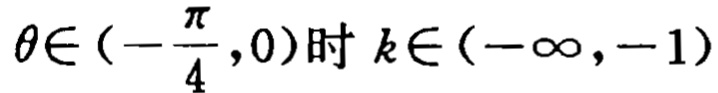
\(\theta\in\left(-\frac{\pi}{4},0\right)\text{时 }k\in(-\infty,-1)\)